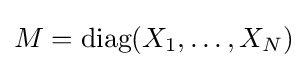
M={\text{diag}}(X_{1},\ldots ,X_{N})